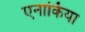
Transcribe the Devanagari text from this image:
एनार्किया